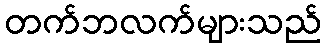
တက်ဘလက်များသည်